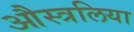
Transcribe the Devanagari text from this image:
औस्त्रलिया